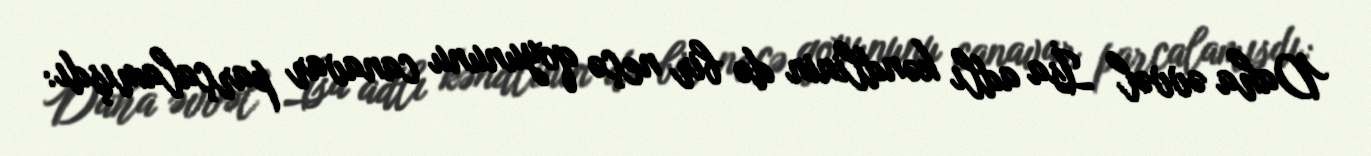
Daha əvvəl İsa adlı kəndlinin də bir neçə qoyununu canavar parçalamışdı: